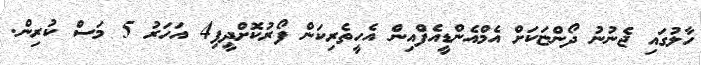
ހާލުގައި ޖެނުނު ދޯންޏަކަށް އެމްއެންޑީއެފްއިން އެހީތެރިކަން ފޯރުކޮށްދީފި4 އަހަރު 5 މަސް ކުރިން.